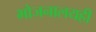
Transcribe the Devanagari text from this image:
भोजनालयही